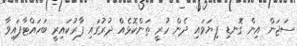
ސަޖަން އިން ގޮނޑި ފިޔަވައި ދެން ހުރީ ތަންކޮޅެއް ދުރުގައި ފާރުކައިރީ ބަހައްޓާފައިވާ